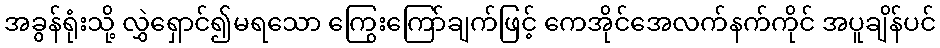
အခွန်ရုံးသို့ လွှဲရှောင်၍မရသော ကြွေးကြော်ချက်ဖြင့် ကေအိုင်အေလက်နက်ကိုင် အပူချိန်ပင်